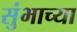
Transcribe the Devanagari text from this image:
सुंभाच्या